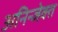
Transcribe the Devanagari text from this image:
अनिन्जेक्त